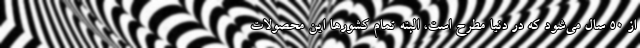
از 50 سال می‌شود که در دنیا مطرح است، البته تمام کشورها این محصولات